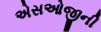
એસઓજીની